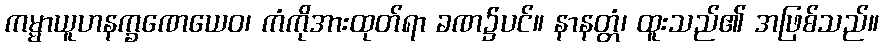
ကမ္မာယူဟနက္ခဏေယေဝ၊ ကံကိုအားထုတ်ရာ ခဏ၌ပင်။ နာနတ္တံ၊ ထူးသည်၏ အဖြစ်သည်။